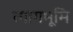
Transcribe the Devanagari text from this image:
त्यागभूमि